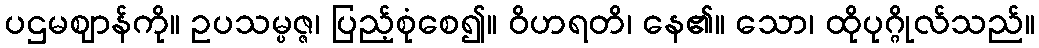
ပဌမဈာန်ကို။ ဥပသမ္ပဇ္ဇ၊ ပြည့်စုံစေ၍။ ဝိဟရတိ၊ နေ၏။ သော၊ ထိုပုဂ္ဂိုလ်သည်။